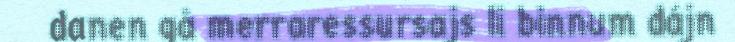
danen gå merraressursajs li binnum dájn